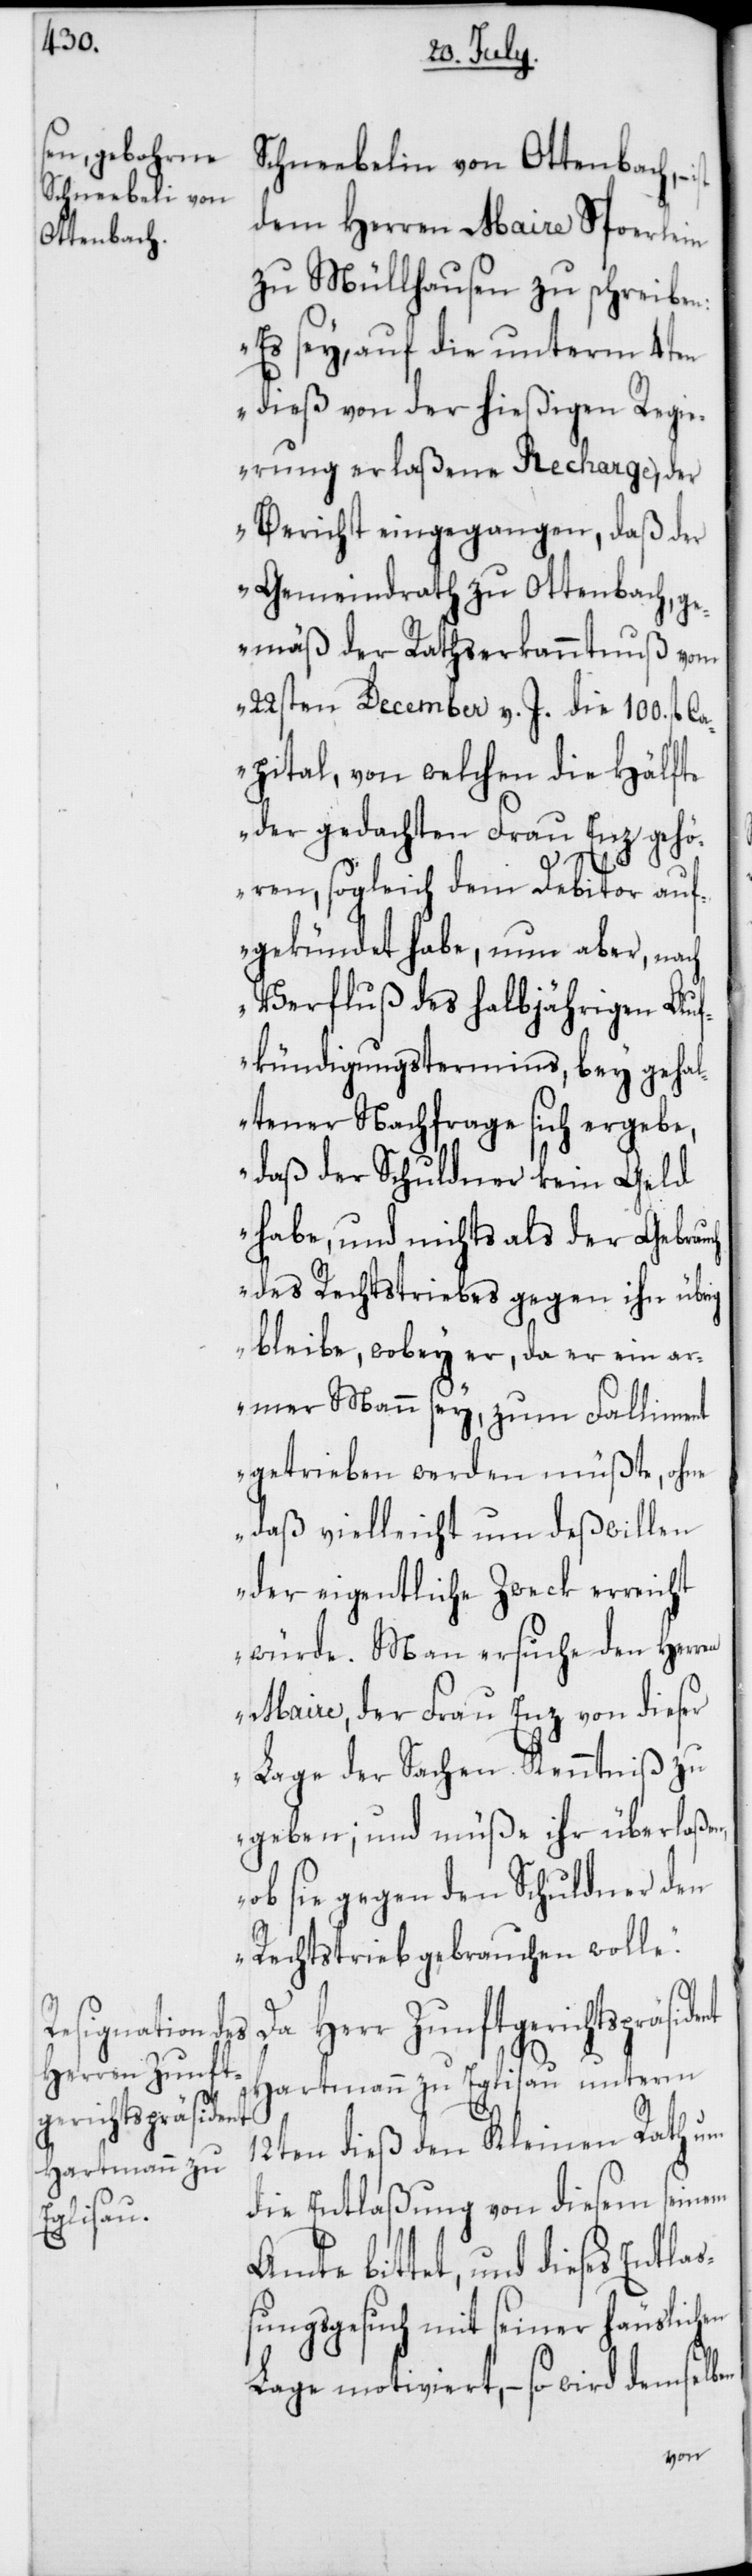
Herr Zunft¬
gerichtspräsident
en,

Schneebelin von Ottenbach, –
dem Herren Maire Spoerlein
zu Müllhausen zu schreiben:
„Es sey auf die unterm 4ten
dieß von der hießigen Regi¬
erung erlaßene Recharge, der
Bericht eingegangen, daß der
Gemeindrath zu Ottenbach, ge¬
mäß der Rathserkanntnuß vom
22sten December v. J. die 100. fl.
Capital, von welchen die Hälfte
der gedachten Frau Enz gehö¬
ren, sogleich dem Debitor auf¬
gekündet habe, nun aber, nach
Verfluß des halbjährigen Auf¬
kündigungstermins, bey geha¬
ltener Nachfrage sich ergebe,
daß der Schuldner kein Geld
habe, und nichts als der Gebr¬
des Rechtstriebes gegen ihn übrig
bleibe, wobey er, da er ein ar¬
mer Mann sey, zum Falliment
getrieben werden müßte, ohne
daß vielleicht um deßwillen
der eigentliche Zweck erreicht
würde. Man ersuche den Her¬
ren Maire, der Frau Enz von dieser
Lage der Sachen Kenntniß zu
geben; und müße ihr überlaß¬
ob sie gegen den Schuldner den
Rechtstrieb gebrauchen wolle.“
Hartmann zu Eglisau unterm
12ten dieß den Kleinen Rath um
die Entlaßung von diesem seinem
Amte bittet, und dieses Entla¬
ßungsgesuch mit seiner häuslichen
Lage motiviert, – so wird demselben